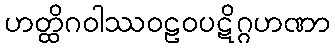
ဟတ္ထိဂဝါဿဝဠဝပဋိဂ္ဂဟဏာ